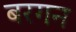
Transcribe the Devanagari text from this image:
बरगन